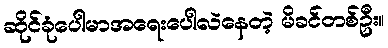
ဆိုင်ခုံပေါမာအရေးပေါလဲနေတဲ့ မိခင်တစ်ဦး။